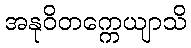
အနုဝိတက္ကေယျာသိ